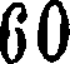
60